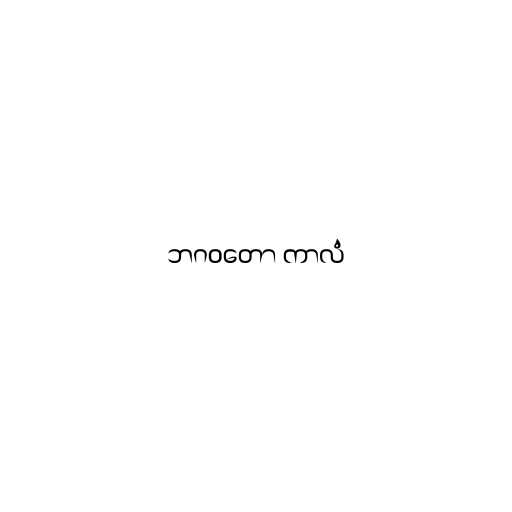
ဘဂဝတော ကာလံ